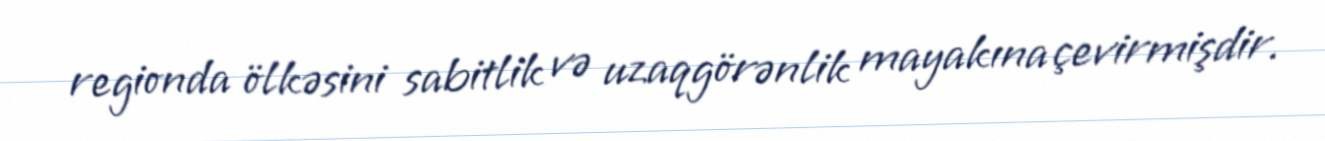
regionda ölkəsini sabitlik və uzaqgörənlik mayakına çevirmişdir.